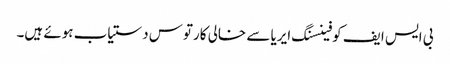
بی ایس ایف کو فینسنگ ایریا سے خالی کارتوس دستیاب ہوئے ہیں۔